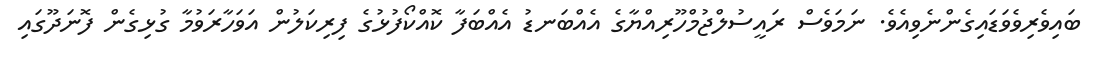
ބައިވެރިވެވަޑައިގެންނެވިއެވެ. ނަމަވެސް ރައީސުލްޖުމްހޫރިއްޔާގެ އެއްބަނޑު އެއްބަފާ ކޮއްކޯފުޅުގެ ފިރިކަލުން އަވަހާރަވުމާ ގުޅިގެން ފޮނަދޫގައި